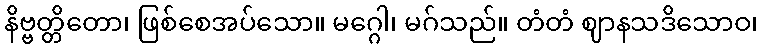
နိဗ္ဗတ္တိတော၊ ဖြစ်စေအပ်သော။ မဂ္ဂေါ၊ မဂ်သည်။ တံတံ ဈာနသဒိသောဝ၊